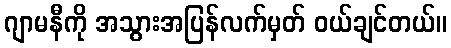
ဂျာမနီကို အသွားအပြန်လက်မှတ် ဝယ်ချင်တယ်။